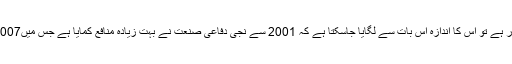
امریکی فوجی پالیسی میں کرائے کے فوجیوں کا کس قدر کردار ہے تو اس کا اندازہ اس بات سے لگایا جاسکتا ہے کہ 2001 سے نجی دفاعی صنعت نے بہت زیادہ منافع کمایا ہے جس میں2007 سے افغانستان میں 100 ارب ڈالر کی کمائی بھی شامل ہے۔